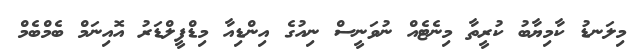
މިލަނޑު ކާމިޔާބު ކުރީތާ މިނެޓެއް ނުވަނީސް ނިއުގެ އިންޑިއާ މިޑްފީލްޑަރު އޮއިނަމް ބެމްބެމް